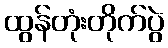
ထွန်တုံးတိုက်ပွဲ